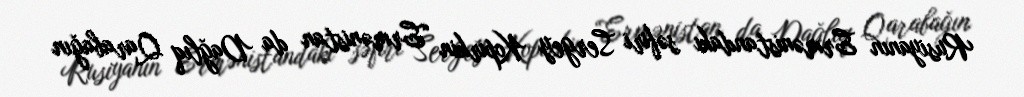
Rusiyanın Ermənistandakı səfiri Sergey Kopırkin “Ermənistan da Dağlıq Qarabağın